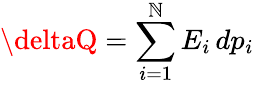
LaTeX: \deltaQ=\sum_{i=1}^{\mathbb{N}}E_{i}\, dp_{i}